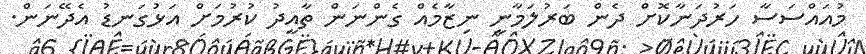
މުއައްސަސާ ހަރުދަނާކޮށް ދެން ބަރުލަމާނީ ނިޒާމެއް ގެންނަން ތާއީދު ކުރުމަށް އަޅުގަނޑު އެދޭނަން.